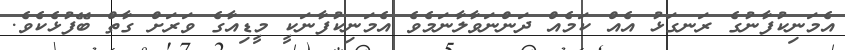
އެމަނިކުފާނުގެ ރަނގަޅު އެއް ކަމެއް ދަންނަވާލާނަމެވެ އެމަނިކުފާނަކީ މީޑިއާގެ ވަރަށް ގާތް ބޭފުޅެކެވެ.